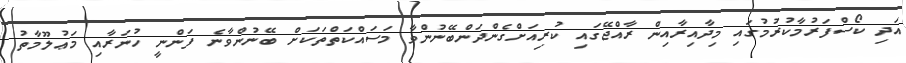
އަދި ކޯސްފަރުމާކުރުމުގައި މިދާއިރާއިން ރާއްޖޭގައި ކުރިއަށްގެންދަންބޭނުންވާ މަސައްކަތްތަކަށް ބޭނުންވާނެ ފަންނީ ހުނަރާއި މަޢުލޫމާތު